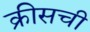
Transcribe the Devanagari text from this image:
क्रीसची